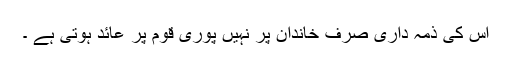
اس کی ذمہ داری صرف خاندان پر نہیں پوری قوم پر عائد ہوتی ہے ۔